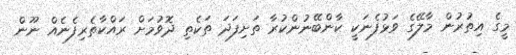
މީގެ އިތުރުން މާލޭގެ ވަޅުފެނަކީ ކާންބޭނުންކުރާ ތަށިފަދަ ތަކެތި ދޮވުމަށް ރައްކާތެރިފެނެއް ނޫން